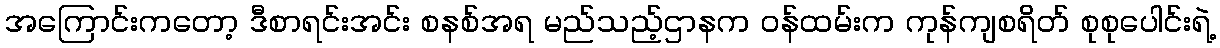
အကြောင်းကတော့ ဒီစာရင်းအင်း စနစ်အရ မည်သည့်ဌာနက ဝန်ထမ်းက ကုန်ကျစရိတ် စုစုပေါင်းရဲ့